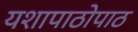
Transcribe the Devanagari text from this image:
यशापाठोपाठ